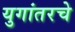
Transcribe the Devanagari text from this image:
युगांतरचे